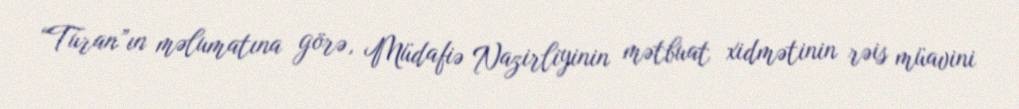
“Turan”ın məlumatına görə, Müdafiə Nazirliyinin mətbuat xidmətinin rəis müavini